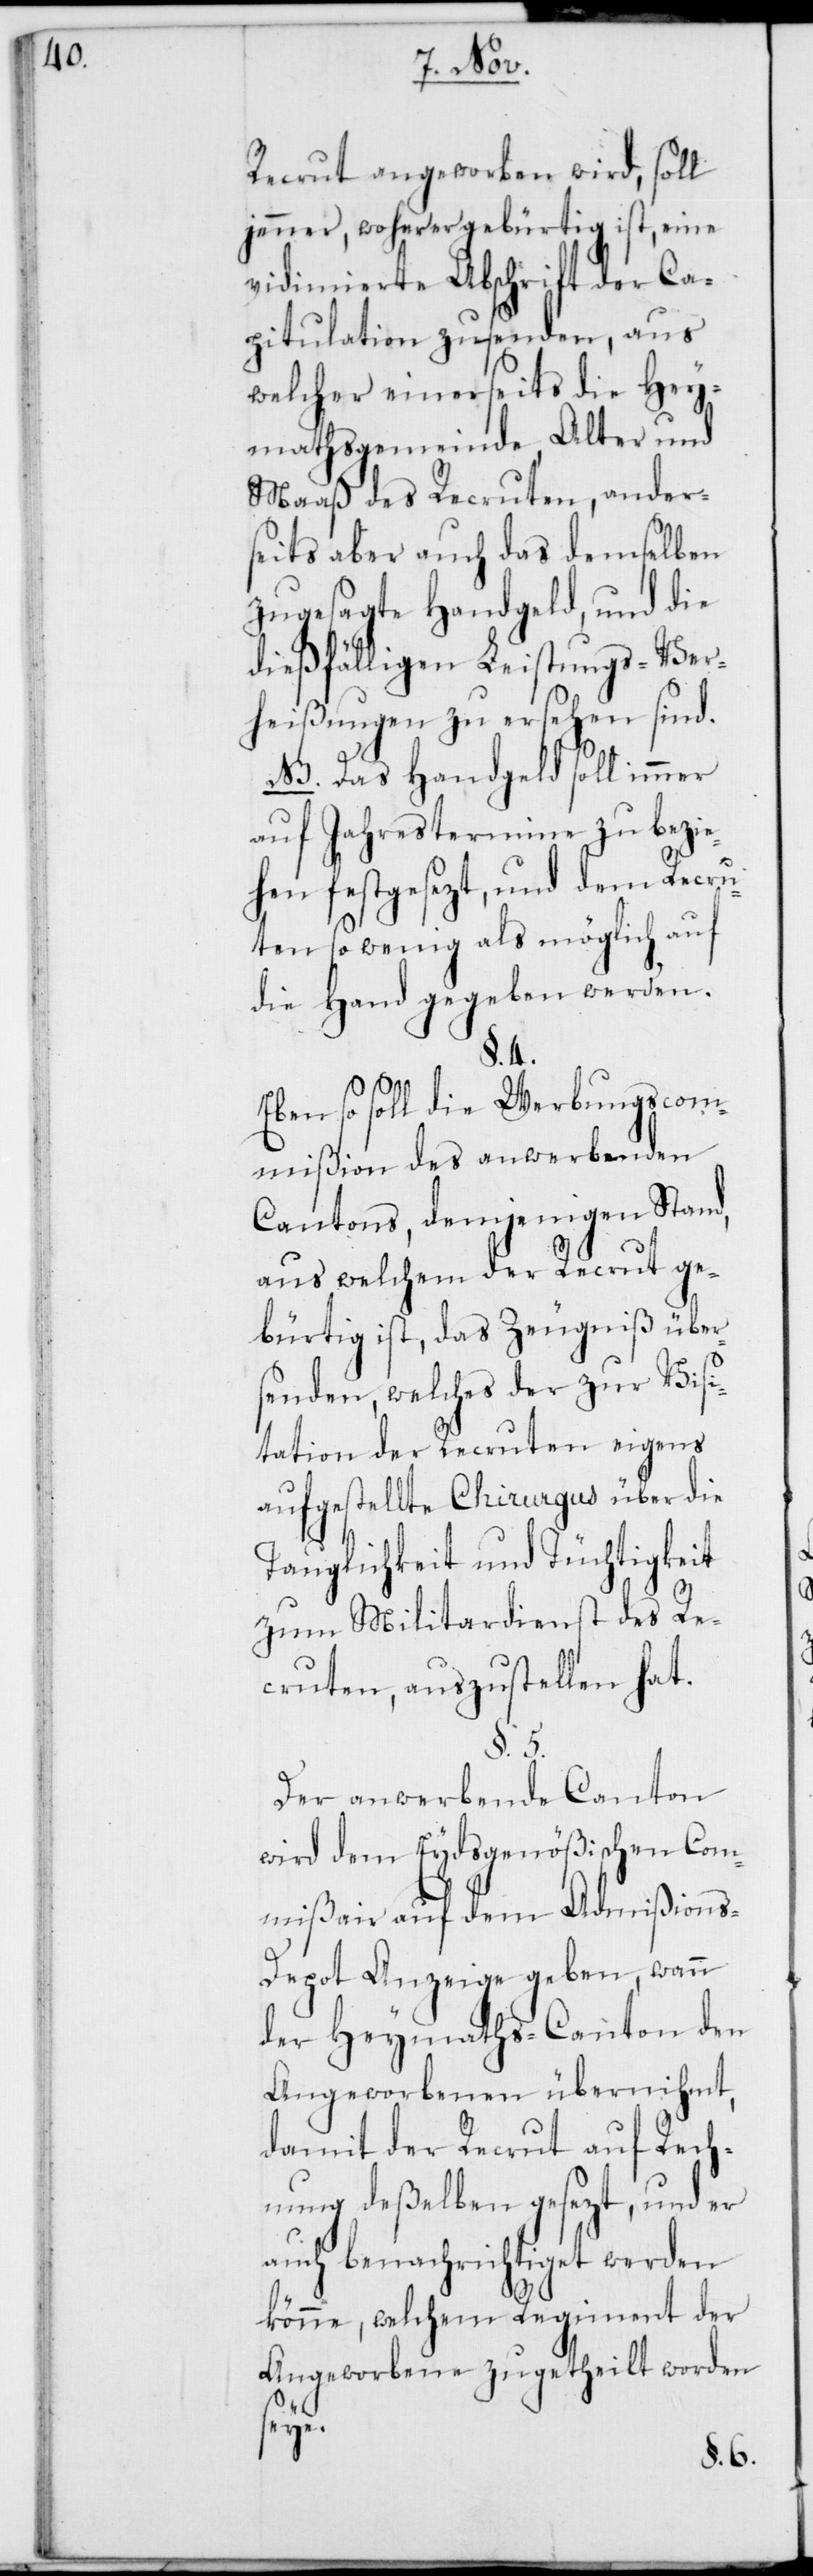
Recrut angeworben wird, soll
jener, woher er gebürtig ist, eine
vidimierte Abschrift der Ca¬
pitulation zusenden, aus
welcher einerseits die Hey¬
mathsgemeinde, Alter und
Maaß des Recruten, ander¬
seits aber auch das demselben
zugesagte Handgeld, und die
dießfälligen Leistungs-Ver¬
heißungen zu ersehen sind.
NB. Das Handgeld soll immer
auf Jahrestermine zu bezie¬
hen festgesezt, und dem Recru¬
ten so wenig als möglich auf
die Hand gegeben werden.
§. 4.
Ebenso soll die Werbungscom¬
mißion des anwerbenden
Cantons, demjenigen Stand,
aus welchem der Recrut ge¬
bürtig ist, das Zeugniß übers¬
enden, welches der zur Visi¬
tation der Recruten eigens
aufgestellte Chirurgus über die
Tauglichkeit und Tüchtigkeit
zum Militardienst des Re¬
cruten, auszustellen hat.
§. 5.
Der anwerbende Canton
wird dem Eydsgenößischen Com¬
mißair auf dem Admißion¬
s-Depot Anzeige geben, wann
der Heymaths-Canton den
Angeworbenen übernihmt,
damit der Recrut auf Rech¬
nung deßelben gesezt, und er
auch benachrichtiget werden
könne, welchem Regiment der
Angeworbene zugetheilt worden
seye.